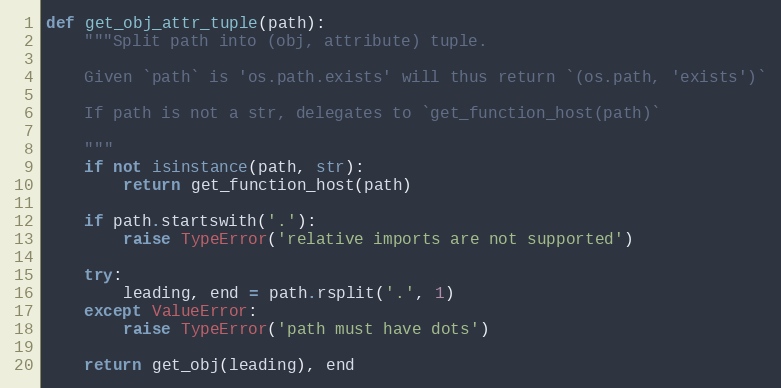
Language: Python
def get_obj_attr_tuple(path):
    """Split path into (obj, attribute) tuple.

    Given `path` is 'os.path.exists' will thus return `(os.path, 'exists')`

    If path is not a str, delegates to `get_function_host(path)`

    """
    if not isinstance(path, str):
        return get_function_host(path)

    if path.startswith('.'):
        raise TypeError('relative imports are not supported')

    try:
        leading, end = path.rsplit('.', 1)
    except ValueError:
        raise TypeError('path must have dots')

    return get_obj(leading), end